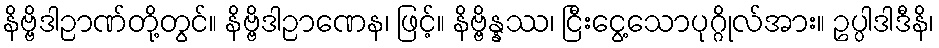
နိဗ္ဗိဒါဉာဏ်တို့တွင်။ နိဗ္ဗိဒါဉာဏေန၊ ဖြင့်။ နိဗ္ဗိန္နဿ၊ ငြီးငွေ့သောပုဂ္ဂိုလ်အား။ ဥပ္ပါဒါဒီနိ၊